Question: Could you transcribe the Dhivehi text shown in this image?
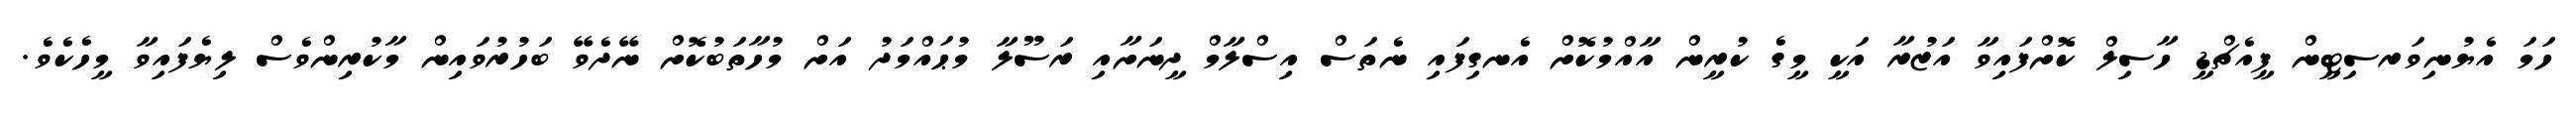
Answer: ހަމަ އެޔުނިވަރސިޓީން ޕީއެޗްޑީ ހާސިލް ކޮށްފައިވާ އަޒުރާ އަކީ މީގެ ކުރީން އާއްމުކޮށް އެނގިފައި ނެތަސް އިސްލާމް ދީނަށާއި ރަސޫލާ މުޙައްމަދު އަށް މުހާތަބުކޮށް ނޭދެވޭ ބަހުރުވައިން މާކުރިންވެސް ލިޔެފައިވާ މީހެކެވެ.